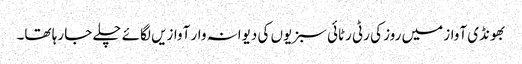
بھونڈی آواز میں روز کی رٹی رٹائی سبزیوں کی دیوانہ وار آوازیں لگائے چلے جا رہا تھا۔